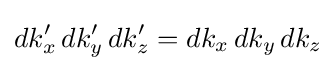
dk'_{x}\,dk'_{y}\,dk'_{z}=dk_{x}\,dk_{y}\,dk_{z}